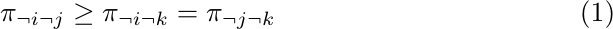
\begin{equation}
		\pi_{ \neg i \neg j} \geq \pi_{\neg i \neg k} = \pi_{\neg j \neg k}
\end{equation}